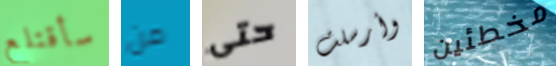
سأقتلع من حتى وأرسلت مخطئين